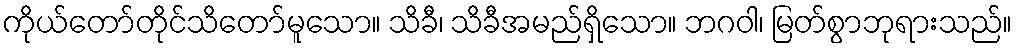
ကိုယ်တော်တိုင်သိတော်မူသော။ သိခီ၊ သိခီအမည်ရှိသော။ ဘဂဝါ၊ မြတ်စွာဘုရားသည်။